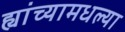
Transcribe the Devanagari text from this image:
ह्यांच्यामधल्या